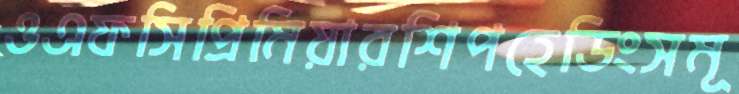
ওএফসিপ্রিমিয়ারশিপহেডিংসমূ